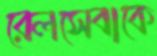
রেলসেবাকে